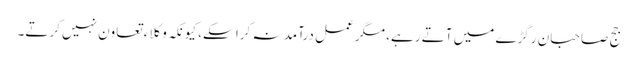
جج صاحبان رگڑے میں آتے رہے، مگر عمل درآمد نہ کرا سکے، کیونکہ وکلاء تعاون نہیں کرتے۔